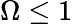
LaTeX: \Omega\leq 1